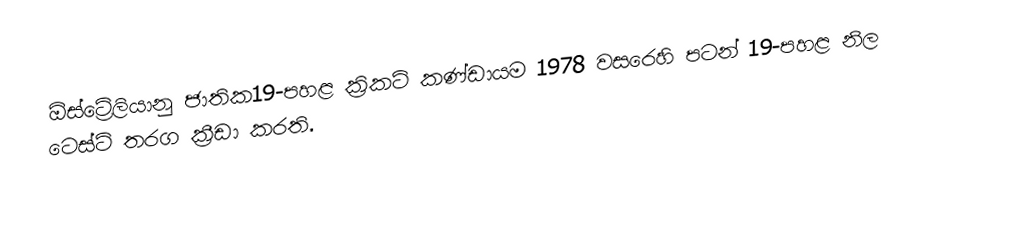
ඕස්ට්‍රේලියානු  ජාතික19-පහළ ක්‍රිකට් කණ්ඩායම 1978 වසරෙහි පටන්  19-පහළ නිල ටෙස්ට් තරග ක්‍රීඩා කරති.